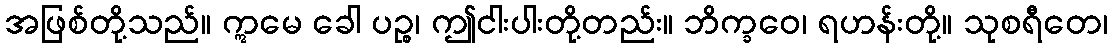
အဖြစ်တို့သည်။ ဣမေ ခေါ ပဉ္စ၊ ဤငါးပါးတို့တည်း။ ဘိက္ခဝေ၊ ရဟန်းတို့။ သုစရီတေ၊